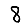
Digit: 8